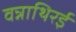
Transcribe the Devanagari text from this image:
वन्नाथिरई